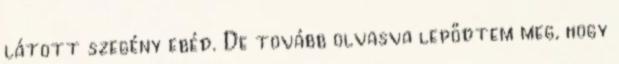
látott szegény ebéd. De tovább olvasva lepődtem meg, hogy